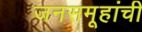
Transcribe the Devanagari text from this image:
जनसमूहांची